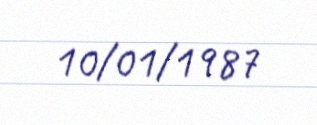
10/01/1987